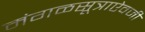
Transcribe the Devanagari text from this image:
मंगळसूत्राऐवजी